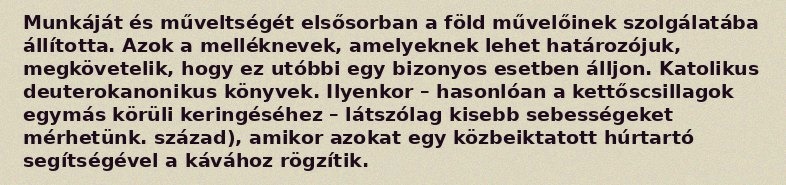
Munkáját és műveltségét elsősorban a föld művelőinek szolgálatába állította. Azok a melléknevek, amelyeknek lehet határozójuk, megkövetelik, hogy ez utóbbi egy bizonyos esetben álljon. Katolikus deuterokanonikus könyvek. Ilyenkor – hasonlóan a kettőscsillagok egymás körüli keringéséhez – látszólag kisebb sebességeket mérhetünk. század), amikor azokat egy közbeiktatott húrtartó segítségével a kávához rögzítik.